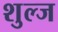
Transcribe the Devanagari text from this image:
शुल्ज